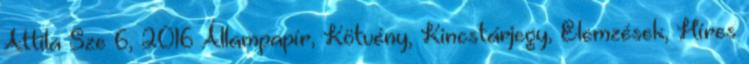
Attila Sze 6, 2016 Állampapír, Kötvény, Kincstárjegy, Elemzések, Híres